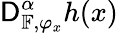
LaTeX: \mathsf{D}_{\mathbb{{F}},\varphi_{x}}^{\alpha}h(x)